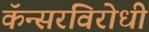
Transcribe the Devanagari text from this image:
कॅन्सरविरोधी